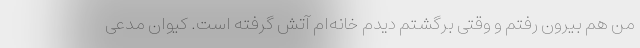
من هم بیرون رفتم و وقتی برگشتم دیدم خانه‌ام آتش گرفته است. کیوان مدعی